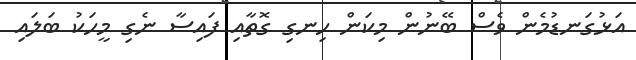
އަޅުގަނޑުމެން ވެސް ބޭނުން މިކަން ހިނގި ގޮތާއި ފައިސާ ނެގި މީހަކު ބަލައި